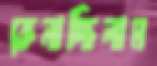
কেনাচ্ছিলাম